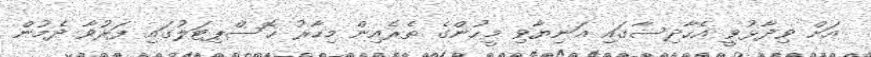
އަށް ވިދާޅުވީ އެހާދިސާގައި އަނިޔާވި މީހުންގެ ތެރެއިން މިހާރު ހޮސްޕިޓަލުގައި ފަރުވާ ދެމުން